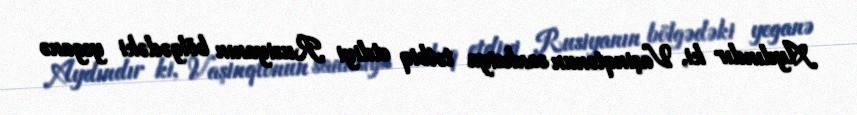
Aydındır ki, Vaşinqtonun sanksiya tətbiq etdiyi Rusiyanın bölgədəki yeganə